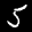
Label: 5